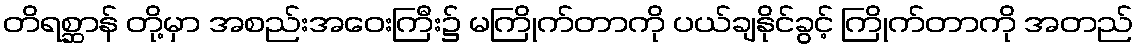
တိရစ္ဆာန် တို့မှာ အစည်းအဝေးကြီး၌ မကြိုက်တာကို ပယ်ချနိုင်ခွင့် ကြိုက်တာကို အတည်